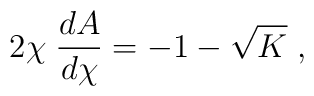
2 \chi \; \frac{d A}{d \chi} = - 1 - \sqrt{K} \; ,